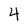
Character: 4